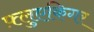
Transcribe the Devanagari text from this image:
फ़्लुएकिगर